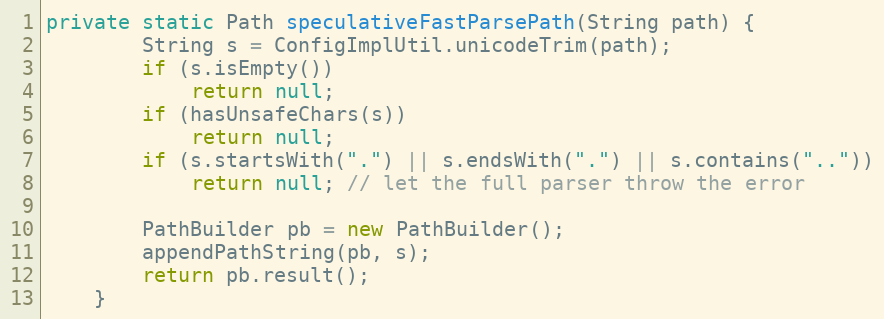
Language: Java
private static Path speculativeFastParsePath(String path) {
        String s = ConfigImplUtil.unicodeTrim(path);
        if (s.isEmpty())
            return null;
        if (hasUnsafeChars(s))
            return null;
        if (s.startsWith(".") || s.endsWith(".") || s.contains(".."))
            return null; // let the full parser throw the error

        PathBuilder pb = new PathBuilder();
        appendPathString(pb, s);
        return pb.result();
    }